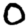
Digit: 0